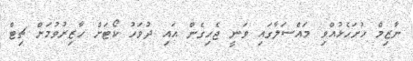
ނާޒިމް ހުށަހެޅުއްވި މައްސަލާގައި ވަނީ ޖެހިގެން އައި ދުވަހު ކޯޓަށް ހާޒިރުވުމަށް ޗިޓް